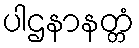
ပါဌနာနတ္တံ